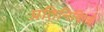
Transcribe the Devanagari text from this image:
प्रतिनिदित्वे